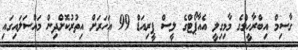
ގާސިމް އިބްރާހީމްގެ މާމިގިލީ އެއާޕޯޓްގެ ލީސް ޕީރިއަޑް 99 އަހަރަށް އިތުރުކޮށްދިން މައްސަލައިގައި